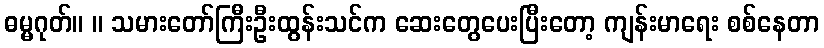
ဓမ္မဂုတ်။ ။ သမားတော်ကြီးဦးထွန်းသင်က ဆေးတွေပေးပြီးတော့ ကျန်းမာရေး စစ်နေတာ